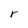
Character: r